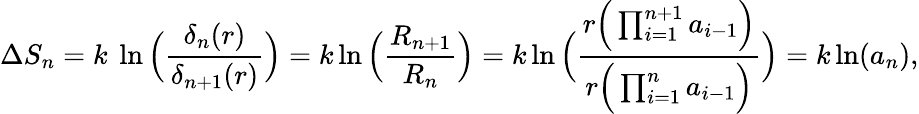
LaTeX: \Delta S_{n}=k\ \ln\Big({\frac{\delta_{n}(r)}{\delta_{n+1}(r)}}\Big)=k\ln\Big({\frac{R_{n+1}}{R_{n}}}\Big)=k\ln\Big({\frac{r\Big(\prod_{i=1}^{n+1}a_{i-1}\Big)}{r\Big(\prod_{i=1}^{n}a_{i-1}\Big)}}\Big)=k\ln(a_{n}),